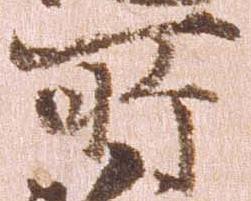
所